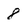
Character: 8